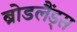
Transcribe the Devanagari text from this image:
ब्रोडलैंड्स